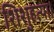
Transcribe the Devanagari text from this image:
शिशुहत्या।